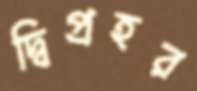
দ্বিপ্রহর